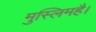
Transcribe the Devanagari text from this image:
मुस्लिमहै।